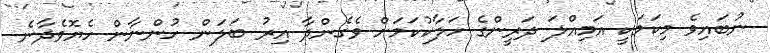
ނުބައިވެ މިކަމަކީ އަމިއްލަ ދަރީންގެ ހަލާކުކަމަށް ވެގެންދާ އިރު ބަލަން ހުންނާން ހެޔޮވެދާނެ